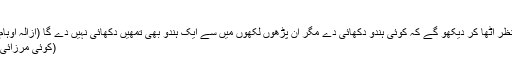
)
عنقریب وہ زمانہ آنے والا ہے کہ تم نظر اٹھا کر دیکھو گے کہ کوئی ہندو دکھائی دے مگر اُن پڑھوں لکھوں میں سے ایک ہندو بھی تمھیں دکھائی نہیں دے گا (ازالہ اوہام، روحانی خزائن جلد 3 صفحہ 119)
(کوئی مرزائی بتائے گا یہ زمانہ کب آنے والا ہے؟